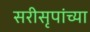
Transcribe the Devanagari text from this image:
सरीसृपांच्या